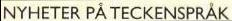
NYHETER PÅ TECKENSPRÅK